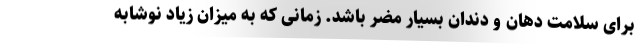
برای سلامت دهان و دندان بسیار مضر باشد. زمانی که به میزان زیاد نوشابه